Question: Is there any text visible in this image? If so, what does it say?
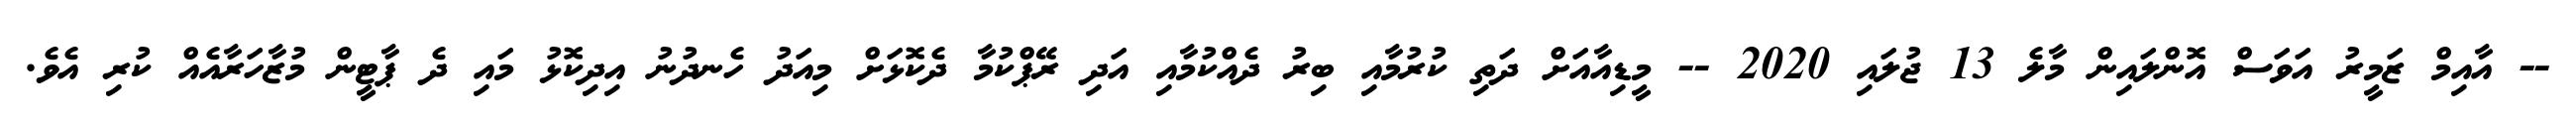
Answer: -- އާއިމް ޒަމީރު އަވަސް އޮންލައިން މާލެ 13 ޖުލައި 2020 -- މީޑިއާއަށް ދަތި ކުރުމާއި ބިރު ދެއްކުމާއި އަދި ރޭޕްކުމާ ދެކޮޅަށް މިއަދު ހެނދުނު އިދިކޮޅު މައި ދެ ޕާޓީން މުޒާހަރާއެއް ކުރި އެވެ.